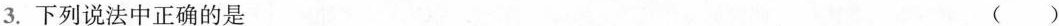
3.下列说法中正确的是 ( )